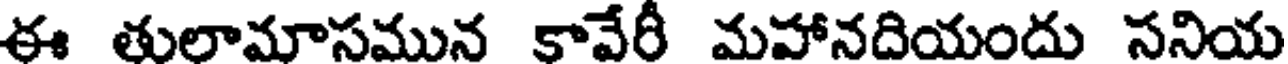
ఈ తులామాసమున కావేరీ మహానదియందు సనియ